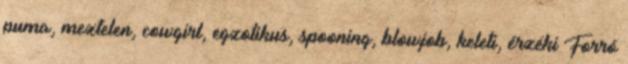
puma, meztelen, cowgirl, egzotikus, spooning, blowjob, keleti, érzéki Forró